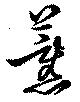
薰